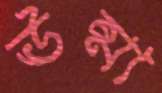
ঊষ্মা